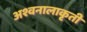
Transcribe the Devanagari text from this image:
अश्वनालाकृती